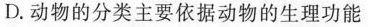
D. 动物的分类主要依据动物的生理功能